Vana-Antsla_vallavalitsus, lk 18
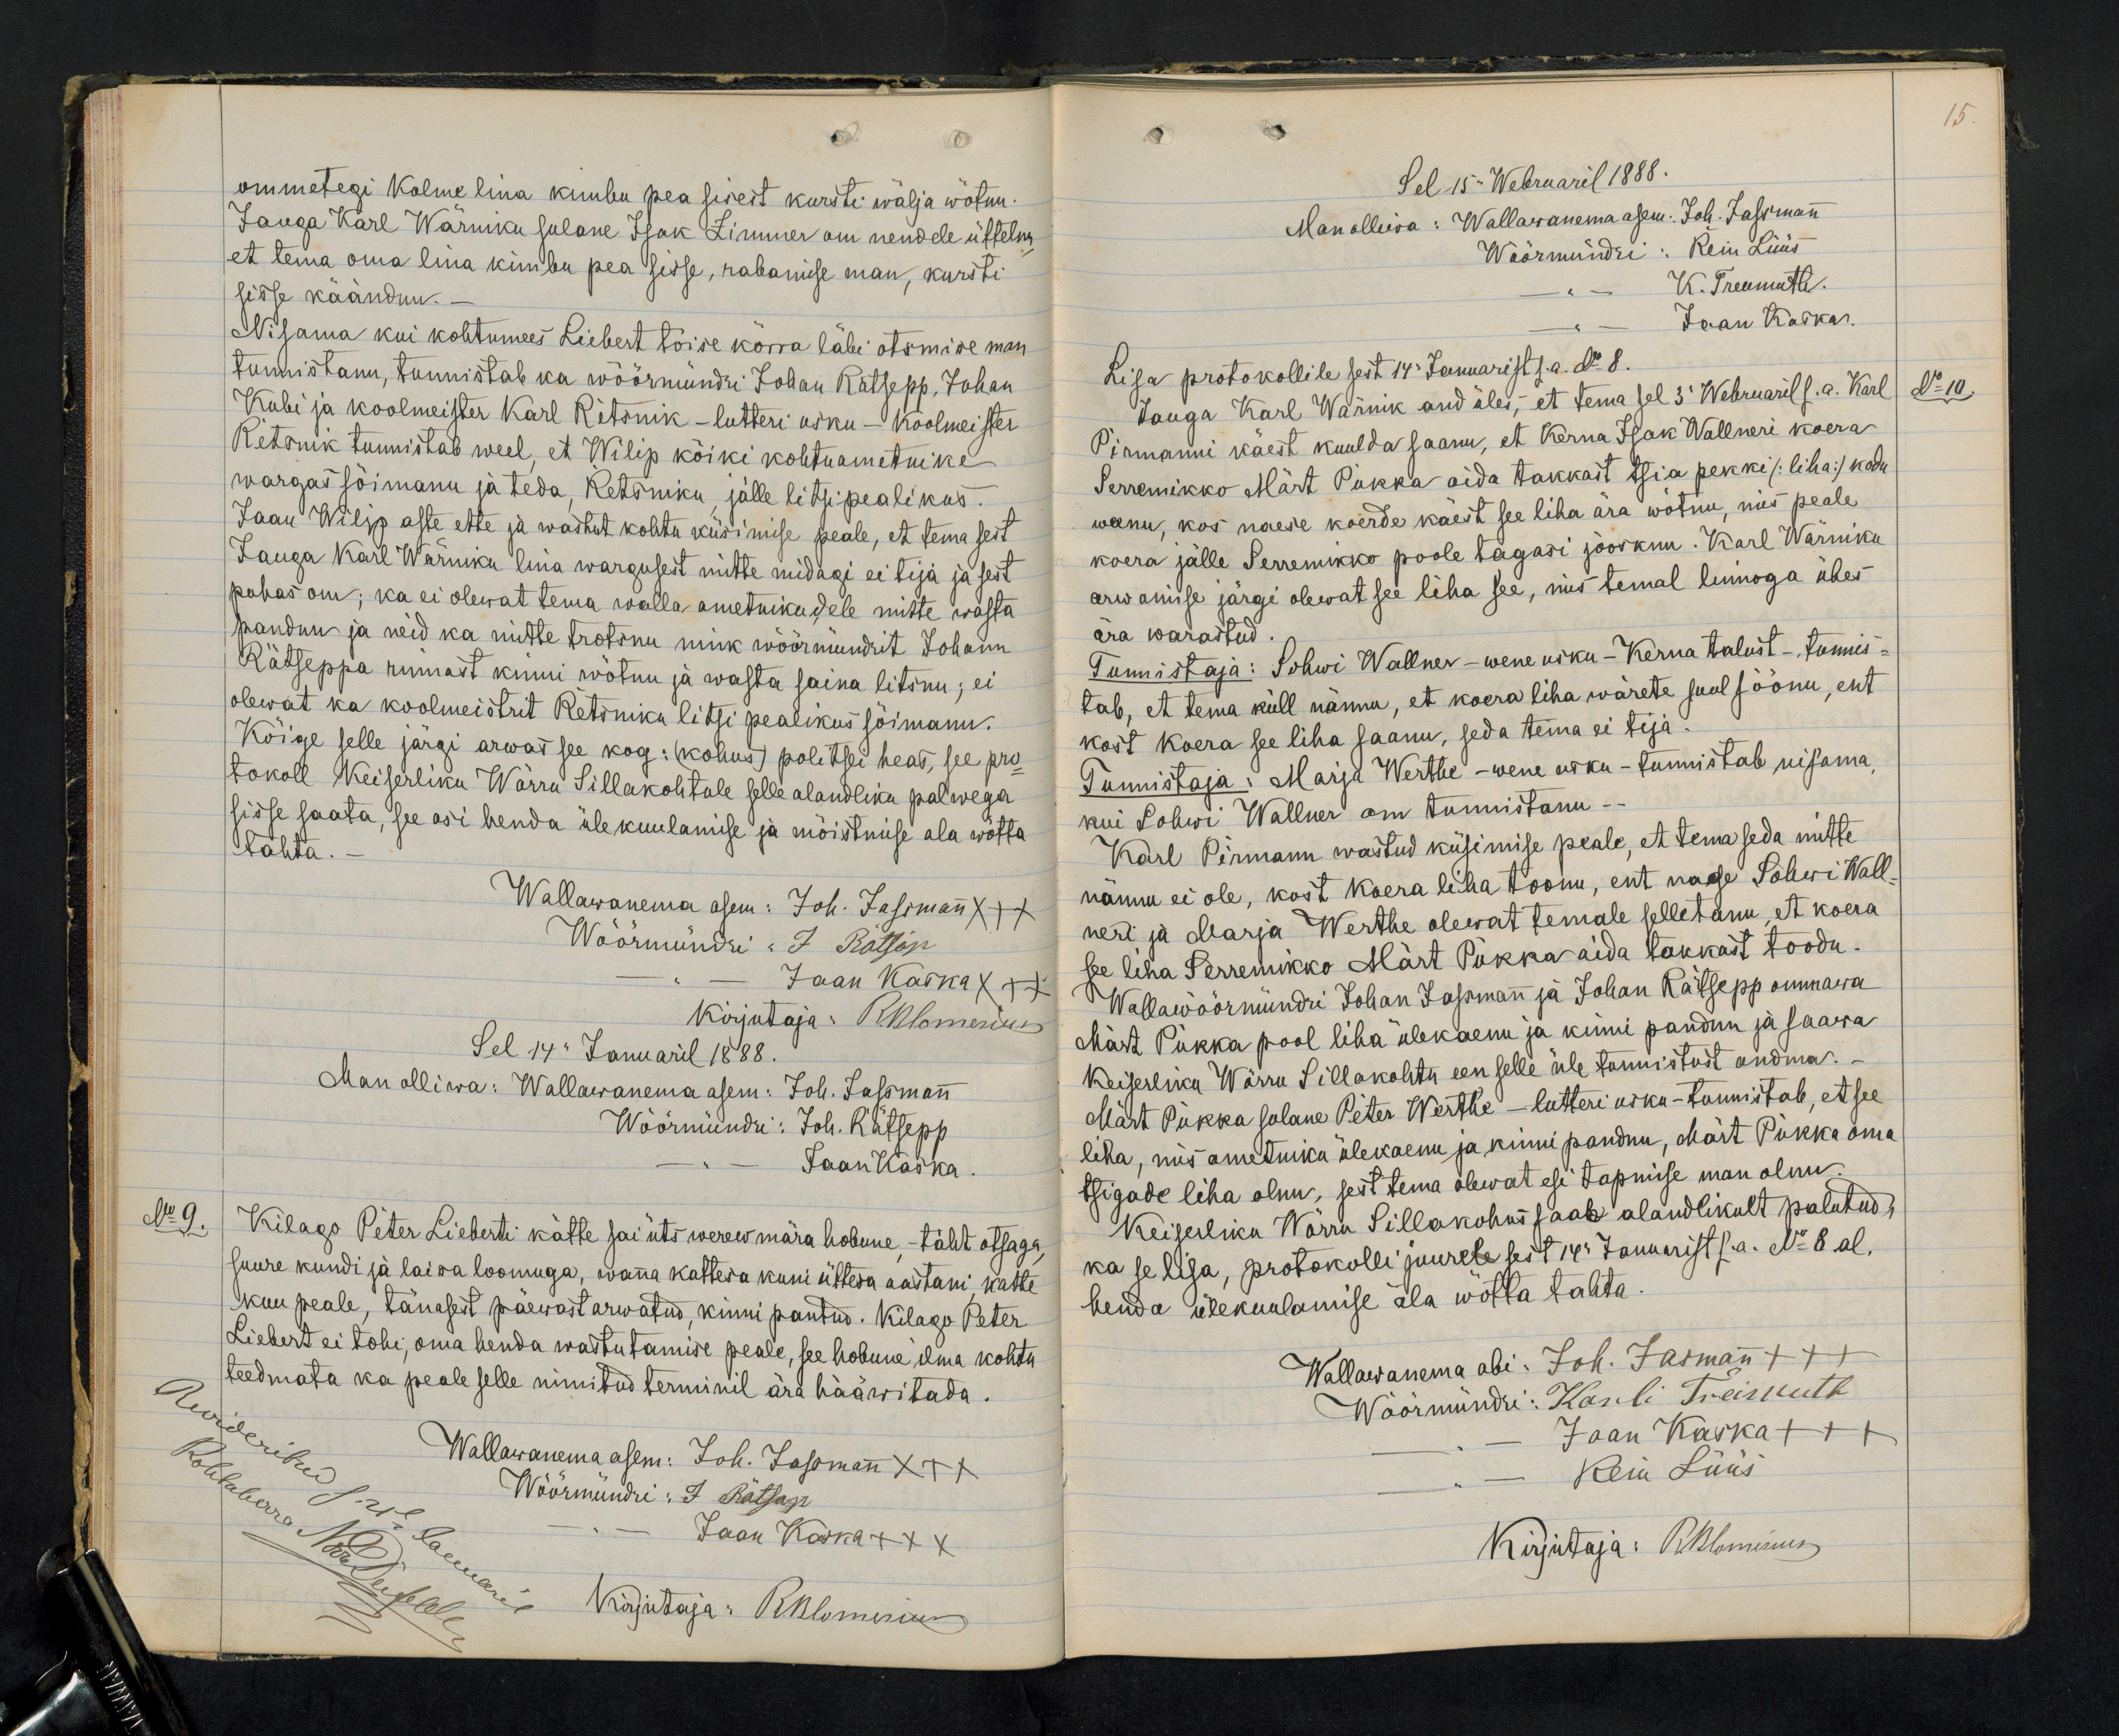
15.

ommetegi kolme lina kimbu pea sisest kursti wälja wõtnu.
Jauga Karl Wärniku sulane Isak Zimmer om nendele üttelnu,
et tema oma lina kimbu pea sisse, rabamise man, kursti
sisse käändnu.
Nisama kui kohtumees Liebert tõise kõrra läbi otsmise man
tunnistanu, tunnistab ka wöörmündri Johan Rätsepp, Johan
Kubi ja koolmeister Karl Ritsnik - luteri usku - koolmeister
Retsnik tunnistab weel, et Wilip kõiki kohtuametnike
wargas sõimanu ja teda, Retsniku, jälle litsipealikus.
Jaan Wilip aste ette ja wastut kohtu küsimise peale, et tema sest
Jauga Karl Wärniku lina wargusest mitte midagi ei tija ja sest
puhas om; ka ei olewat tema walla ametnikudele mitte wasta
pandnu ja neid ka mitte trotsnu nink wöörmündrit Johann
Rätseppa rinnast kinni wõtnu ja wasta saina litsnu; ei
olewat ka koolmeistrit Retsniku litsi pealikus sõimanu.
Kõige selle järgi arwas see kog: (kohus) politsei heas, see pro-
tokoll Keiserliku Wõrru Sillakohtule selle alandliku palwega
sisse saata, see asi henda ülekuulamise ja mõistmise ala wõtta.
tahta
Wallawanema asem: Joh. Jassmann xxx
Wöörmündri: J. Ratsäp
Jaan Kaska XXX
Kirjutaja: RBlomerius
Sel 14 Januaril 1888.
Man olliwa: Wallawanema asem: Joh. Jassmann
Wöörmündri: Joh. Rätsepp
Jaan Kaska.
No 9.
Kilago Peter Lieberti kätte sai üts werew mära hobune, - täht otsaga
suure kundi ja laisa loomuga, wanna kattesa kuni üttesa aastani, katte
kuu peale, tänasest päewast arwatud, kinni pantud. Kilago Peter
Liebert ei tohi, oma henda wastutamise peale, see hobune ilma kohtu
teedmata ka peale selle nimitud terminil ära hääwitada.
Wallawanema asem: Joh. Jassmann XXX
Wöörmündri: J Rätsap
Jaan Kaska XXX
Kirjutaja: RBlomerius

Sel 15 Webruaril 1888.
Man olliwa: Wallawanema asem: Joh. Jassmann
Wöörmündri: Rein Lüüs
K. Treumuth.
Jaan Kaska.
Lisa protokollile sest 14 Januarist s.a. No 8
Jauga Karl Wärnik and üles, et tema sel 3 Webruaril s.a. Karl
No 10.
Pirmanni käest kuulda saanu, et Kerna Isak Wallneri koera
Serremikko Märt Pikka aida takkast tsia pekki (:liha:) kodu
weenu, kos naese koerde käest see liha ära wõtnu, mis peale
koera jälle Serremikko poole tagasi jooksnu. Karl Wärniku
arwamise järgi olewat see liha see, mis temal linnoga ühes
ära warastud.
Tunnistaja: Sohwi Wallner - wene usku - Kerna talust - tunnis-
tab, et tema küll nännu, et koera liha wärete suul söönu, ent
kost koera see liha saanu, seda tema ei tija.
Tunnistaja: Marja Werthe - wene usku - tunnistab nisama,
kui Sohwi Wallner om tunnistanu -
Karl Pirmann wastud küsimise peale, et tema seda mitte
nännu ei ole, kost koera liha toonu, ent naese Sohwi Wall-
neri ja Marja Werthe olewat temale selletanu, et koera
see liha Serremikko Märt Pukka aida lakkast toodu.
Wallawöörmündri Johan Jassmann ja Johan Rätsepp ommawa
Märt Pukka pool liha ülekaenu ja kinni pandnu ja saawa
Keiserliku Wõrru Sillakohtu een selle üle tunnistust andma.
Märt Pukka sulane Peter Werthe - luteri usku - tunnistab, et see
liha, mis ametniku ülekaenu ja kinni pandnu, Mart Pukka oma
tsigade liha olnu, sest tema olewat esi tapmise man olnud.
Keiserliku Wõrru Sillakohus saab alandlikult palutud,
ka se lisa, protokolli juurele sest 14. Januarist s.a. No 8 al.
henda ülekuulamise ala wõtta tahta.
Wallawanema abi: Joh. Jassmann +++
Wöörmündri: Karli Treimuth
Jaan Kaska +++
Rein Lüüs
Kirjutaja: RBlomerius